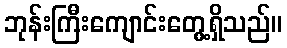
ဘုန်းကြီးကျောင်းတွေ့ရှိသည်။